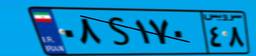
۸۹S۲۶۷۰۵